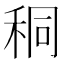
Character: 秱